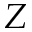
Z